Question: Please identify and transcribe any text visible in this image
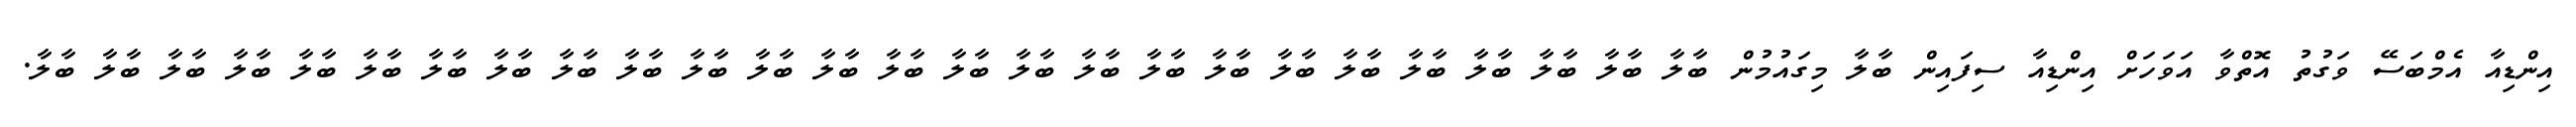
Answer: އިންޑިއާ އެމްބަސޭ ވަގުތު އޮތްވާ އަވަހަށް އިންޑިއާ ސިފައިން ބާލާ މިގައުމުން ބާލާ ބާލާ ބާލާ ބާލާ ބާލާ ބާލާ ބާލާ ބާލާ ބާލާ ބާލާ ބާލާ ބާލާ ބާލާ ބާލާ ބާލާ ބާލާ ބާލާ ބާލާ ބާލާ ބާލާ ބާލާ ބާލާ ބާލާ ބާލާ ބާލާ ބާލާ.